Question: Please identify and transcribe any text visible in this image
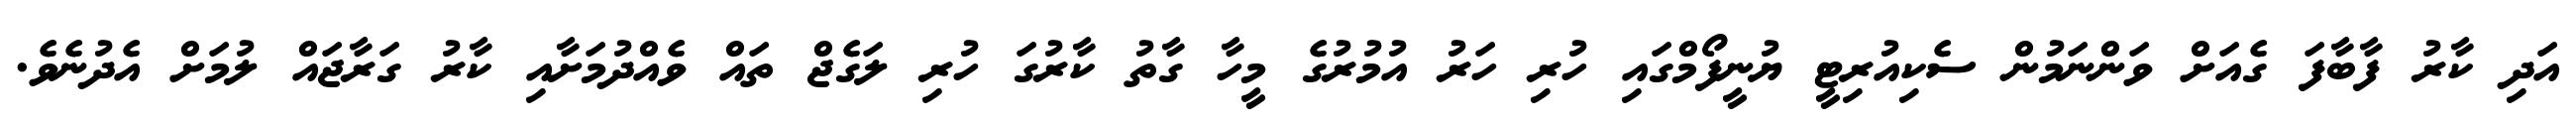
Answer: އަދި ކާރު ފާބާފަ ގެއަށް ވަންނަމުން ސެކިއުރިޓީ ޔުނީފޯމްގައި ހުރި ހަރު އުމުރުގެ މީހާ ގާތު ކާރުގަ ހުރި ލަގެޖް ތައް ވެއްދުމަށާއި ކާރު ގަރާޖައް ލުމަށް އެދުނެވެ.